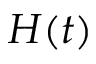
H ( t )